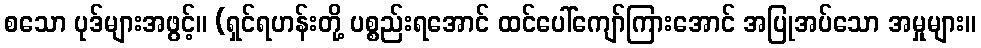
စသော ပုဒ်များအဖွင့်။ (ရှင်ရဟန်းတို့ ပစ္စည်းရအောင် ထင်ပေါ်ကျော်ကြားအောင် အပြုအပ်သော အမှုများ။